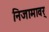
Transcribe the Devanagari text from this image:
निजामावर्